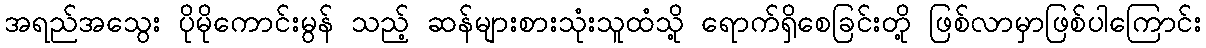
အရည်အသွေး ပိုမိုကောင်းမွန် သည့် ဆန်များစားသုံးသူထံသို့ ရောက်ရှိစေခြင်းတို့ ဖြစ်လာမှာဖြစ်ပါကြောင်း